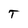
Character: T